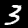
Label: 3